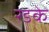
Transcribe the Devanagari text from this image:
रडके